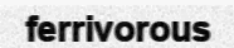
ferrivorous